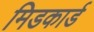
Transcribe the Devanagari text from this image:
मिडकार्ड